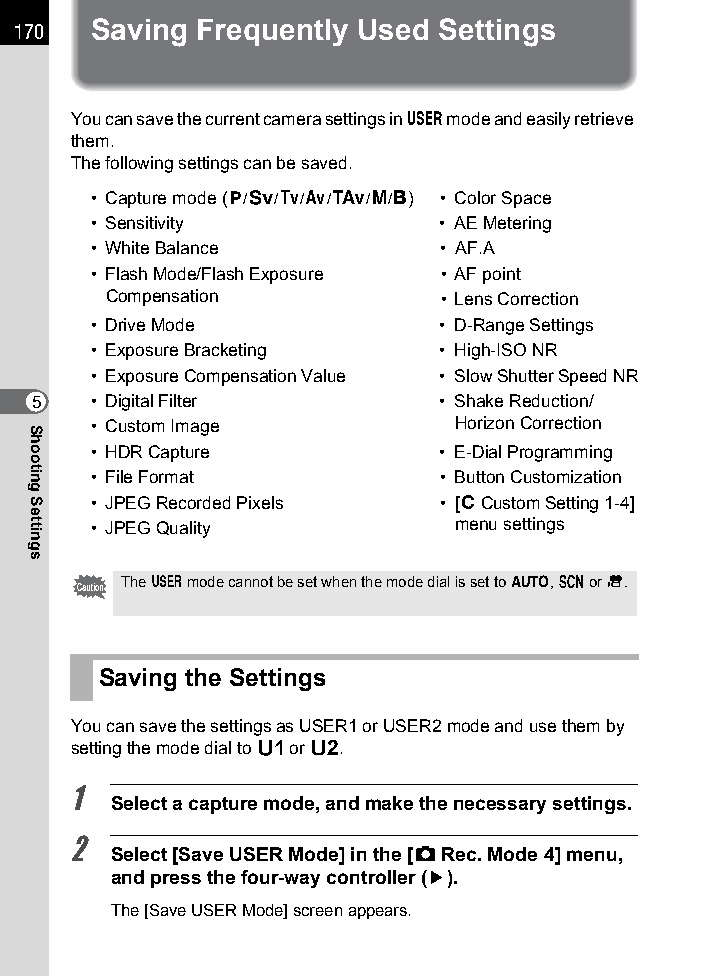
170  Saving Frequently Used Settings
 You can save the current camera settings in A mode and easily retrieve
 them.
 The following settings can be saved.
 • Capture mode (e/K/b/c/L/a/p) • Color Space
 • Sensitivity          • AE Metering
 • White Balance        • AF.A
 • Flash Mode/Flash Exposure • AF point
 Compensation          • Lens Correction
 • Drive Mode           • D-Range Settings
 • Exposure Bracketing  • High-ISO NR
 • Exposure Compensation Value • Slow Shutter Speed NR
 5   • Digital Filter       • Shake Reduction/
 • Custom Image          Horizon Correction
 • HDR Capture          • E-Dial Programming
 • File Format          • Button Customization
 • JPEG Recorded Pixels • [ACustom Setting1-4]
 • JPEG Quality          menu settings
 The A mode cannot be set when the mode dial is set to n, H or C.
 Saving the Settings
 You can save the settings as USER1 or USER2 mode and use them by
 setting the mode dial to B or C.
 1
 Select a capture mode, and make the necessary settings.
 2
 Select [Save USER Mode] in the [A Rec. Mode 4] menu,
 and press the four-way controller (5).
 The [Save USER Mode] screen appears.
 Shooting
 Settings